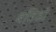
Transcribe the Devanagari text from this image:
बतिडो